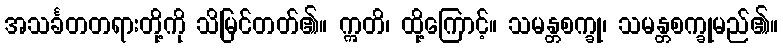
အသင်္ခတတရားတို့ကို သိမြင်တတ်၏။ ဣတိ၊ ထို့ကြောင့်။ သမန္တစက္ခု၊ သမန္တစက္ခုမည်၏။